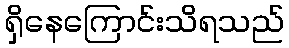
ရှိနေကြောင်းသိရသည်